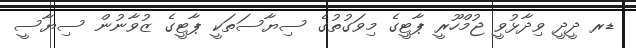
ޑރ ދީދީ ވިދާޅުވީ ޖުމްހޫރީ ޕާޓީގެ މިވަގުތުގެ ސިޔާސަތަކީ ޕާޓީގެ ޒުވާނުން ސިޔާސީ